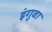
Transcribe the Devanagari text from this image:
इंगुवा